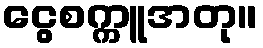
ငွေစက္ကူအတု။